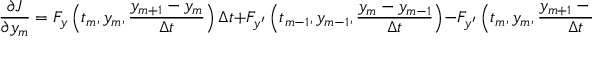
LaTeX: { \frac { \partial J } { \partial y _ { m } } } = F _ { y } \left( t _ { m } , y _ { m } , { \frac { y _ { m + 1 } - y _ { m } } { \Delta t } } \right) \Delta t + F _ { y ^ { \prime } } \left( t _ { m - 1 } , y _ { m - 1 } , { \frac { y _ { m } - y _ { m - 1 } } { \Delta t } } \right) - F _ { y ^ { \prime } } \left( t _ { m } , y _ { m } , { \frac { y _ { m + 1 } - y _ { m } } { \Delta t } } \right) .